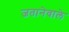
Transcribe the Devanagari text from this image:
जतानेवाले